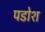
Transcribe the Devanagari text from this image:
पडोश